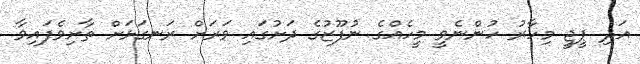
އަދި ޕީޖީ މިހާރު ހުންނެވީ މީހެއްގެ ނުފޫޒުގެ ދަށުގައި ވަރަށް ރަނގަޅަށް ތާށިވެފައިވާ